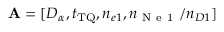
\mathbf { A } = [ D _ { \alpha } , t _ { \mathrm { T Q } } , n _ { e 1 } , n _ { \mathrm { ~ N ~ e ~ 1 ~ } } / n _ { D 1 } ]